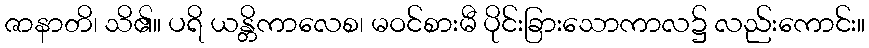
ဇာနာတိ၊ သိ၏။ ပရိ ယန္တိကာလေစ၊ မဝင်စားမီ ပိုင်းခြားသောကာလ၌ လည်းကောင်း။